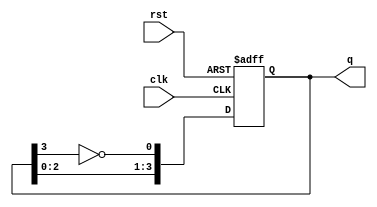
module DivideByNJohnsonCounter #(
    parameter M = 4,         // Number of flip-flops
    parameter N = 4          // Divide factor
)(
    input wire clk,          // Clock input
    input wire rst,          // Asynchronous reset
    output reg [M-1:0] q     // Counter output
);

    // Internal signal for the feedback
    wire feedback;

    // Assign feedback as the inverted last flip-flop output
    assign feedback = ~q[M-1];

    always @(posedge clk or posedge rst) begin
        if (rst) begin
            // Initialize the counter to zero
            q <= 0;
        end else begin
            // Update the Johnson Counter state
            q <= {q[M-2:0], feedback};
        end
    end

    // Counter for divide by N functionality
    integer count = 0;

    always @(posedge clk or posedge rst) begin
        if (rst) begin
            count <= 0;
        end else if (count == N-1) begin
            count <= 0; // Reset count after reaching N
        end else begin
            count <= count + 1; // Increment the count
        end
    end

    // Optional: Output can be modified here to represent active states
    // e.g., if you want to reset q after reaching count == N,
    // you can implement additional logic here.

endmodule